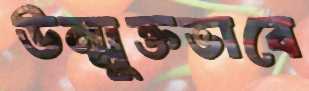
উন্মুক্তভাবে